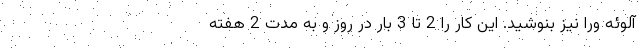
آلوئه ورا نیز بنوشید. این کار را 2 تا 3 بار در روز و به مدت 2 هفته